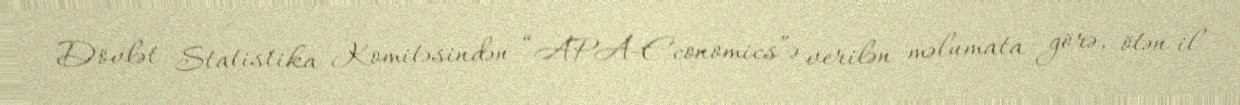
Dövlət Statistika Komitəsindən “APA-Economics”ə verilən məlumata görə, ötən il